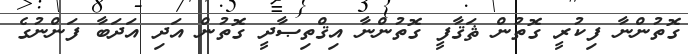
ގޮތުންނާ ފިކުރީ ގޮތުން ޘަޤާފީ ގޮތުންނާ އިޤްތިޞާދީ ގޮތުން އަދި އަދަބާ ފަންނުގެ